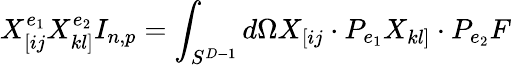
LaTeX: X_{[ij}^{e_{1}}X_{kl]}^{e_{2}}I_{n,p}=\int_{S^{D-1}}d\Omega X_{[ij}\cdot P_{e_{1}}X_{kl]}\cdot P_{e_{2}}F